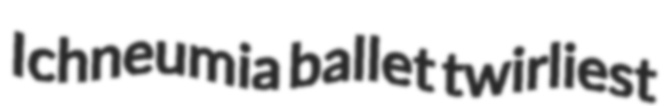
Ichneumia ballet twirliest